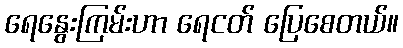
ရေနွေးကြမ်းဟာ ရေငတ် ပြေစေတယ်။